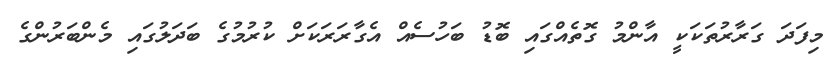
މިފަދަ ގަރާރުތަކަކީ އާންމު ގޮތެއްގައި ބޮޑު ބަހުސެއް އެގާރަރަކަށް ކުރުމުގެ ބަދަލުގައި މެންބަރުންގެ